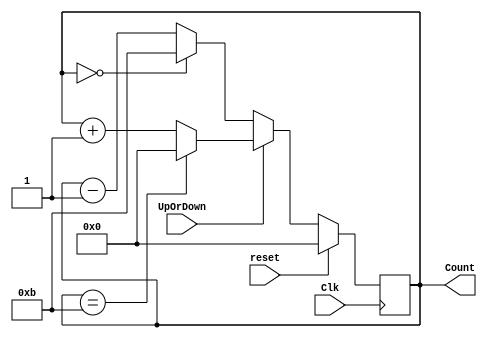
module updown(
    Clk,
    reset,
    UpOrDown,
    Count
    );
    input Clk,reset,UpOrDown;
      output [3: 0] Count;
    reg [3 : 0] Count = 0;  
    
     always @(posedge(Clk))
     begin
        if(reset == 1) 
            Count <= 0;
        else  
            if(UpOrDown == 1)   
                if(Count == 11)
                    Count <= 0;
                else
                    Count <= Count + 1; 
            else  
                if(Count == 0)
                    Count <= 11;
                else
                    Count <= Count - 1;     
     end    
    
endmodule